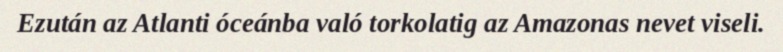
Ezután az Atlanti óceánba való torkolatig az Amazonas nevet viseli.